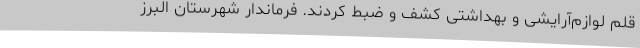
قلم لوازم‌آرایشی و بهداشتی کشف و ضبط کردند. فرماندار شهرستان البرز